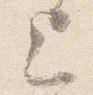
上